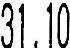
31.10